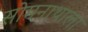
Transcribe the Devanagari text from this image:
सोमनाथाला